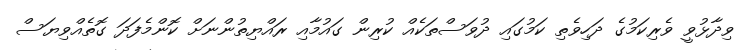
ވިދާޅުވީ ވެރިކަމުގެ ދަހިވެތި ކަމުގައި ދުވަސްތަކެއް ކުރިން ގައުމާއި ރައްޔިތުންނަށް ކޮންމެފަދަ ގޮތެއްވިޔަސް